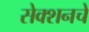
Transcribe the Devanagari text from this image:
सेक्शनचे